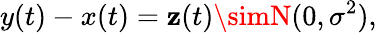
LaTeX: y(t)-x(t)=\mathbf{z}(t)\simN(0,\sigma^{2}),